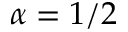
\alpha = 1 / 2